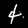
Digit: 4